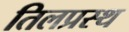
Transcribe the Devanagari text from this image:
तिलप्रस्थ